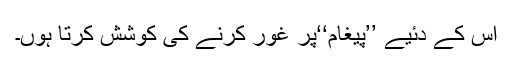
اس کے دئیے ’’پیغام‘‘پر غور کرنے کی کوشش کرتا ہوں۔